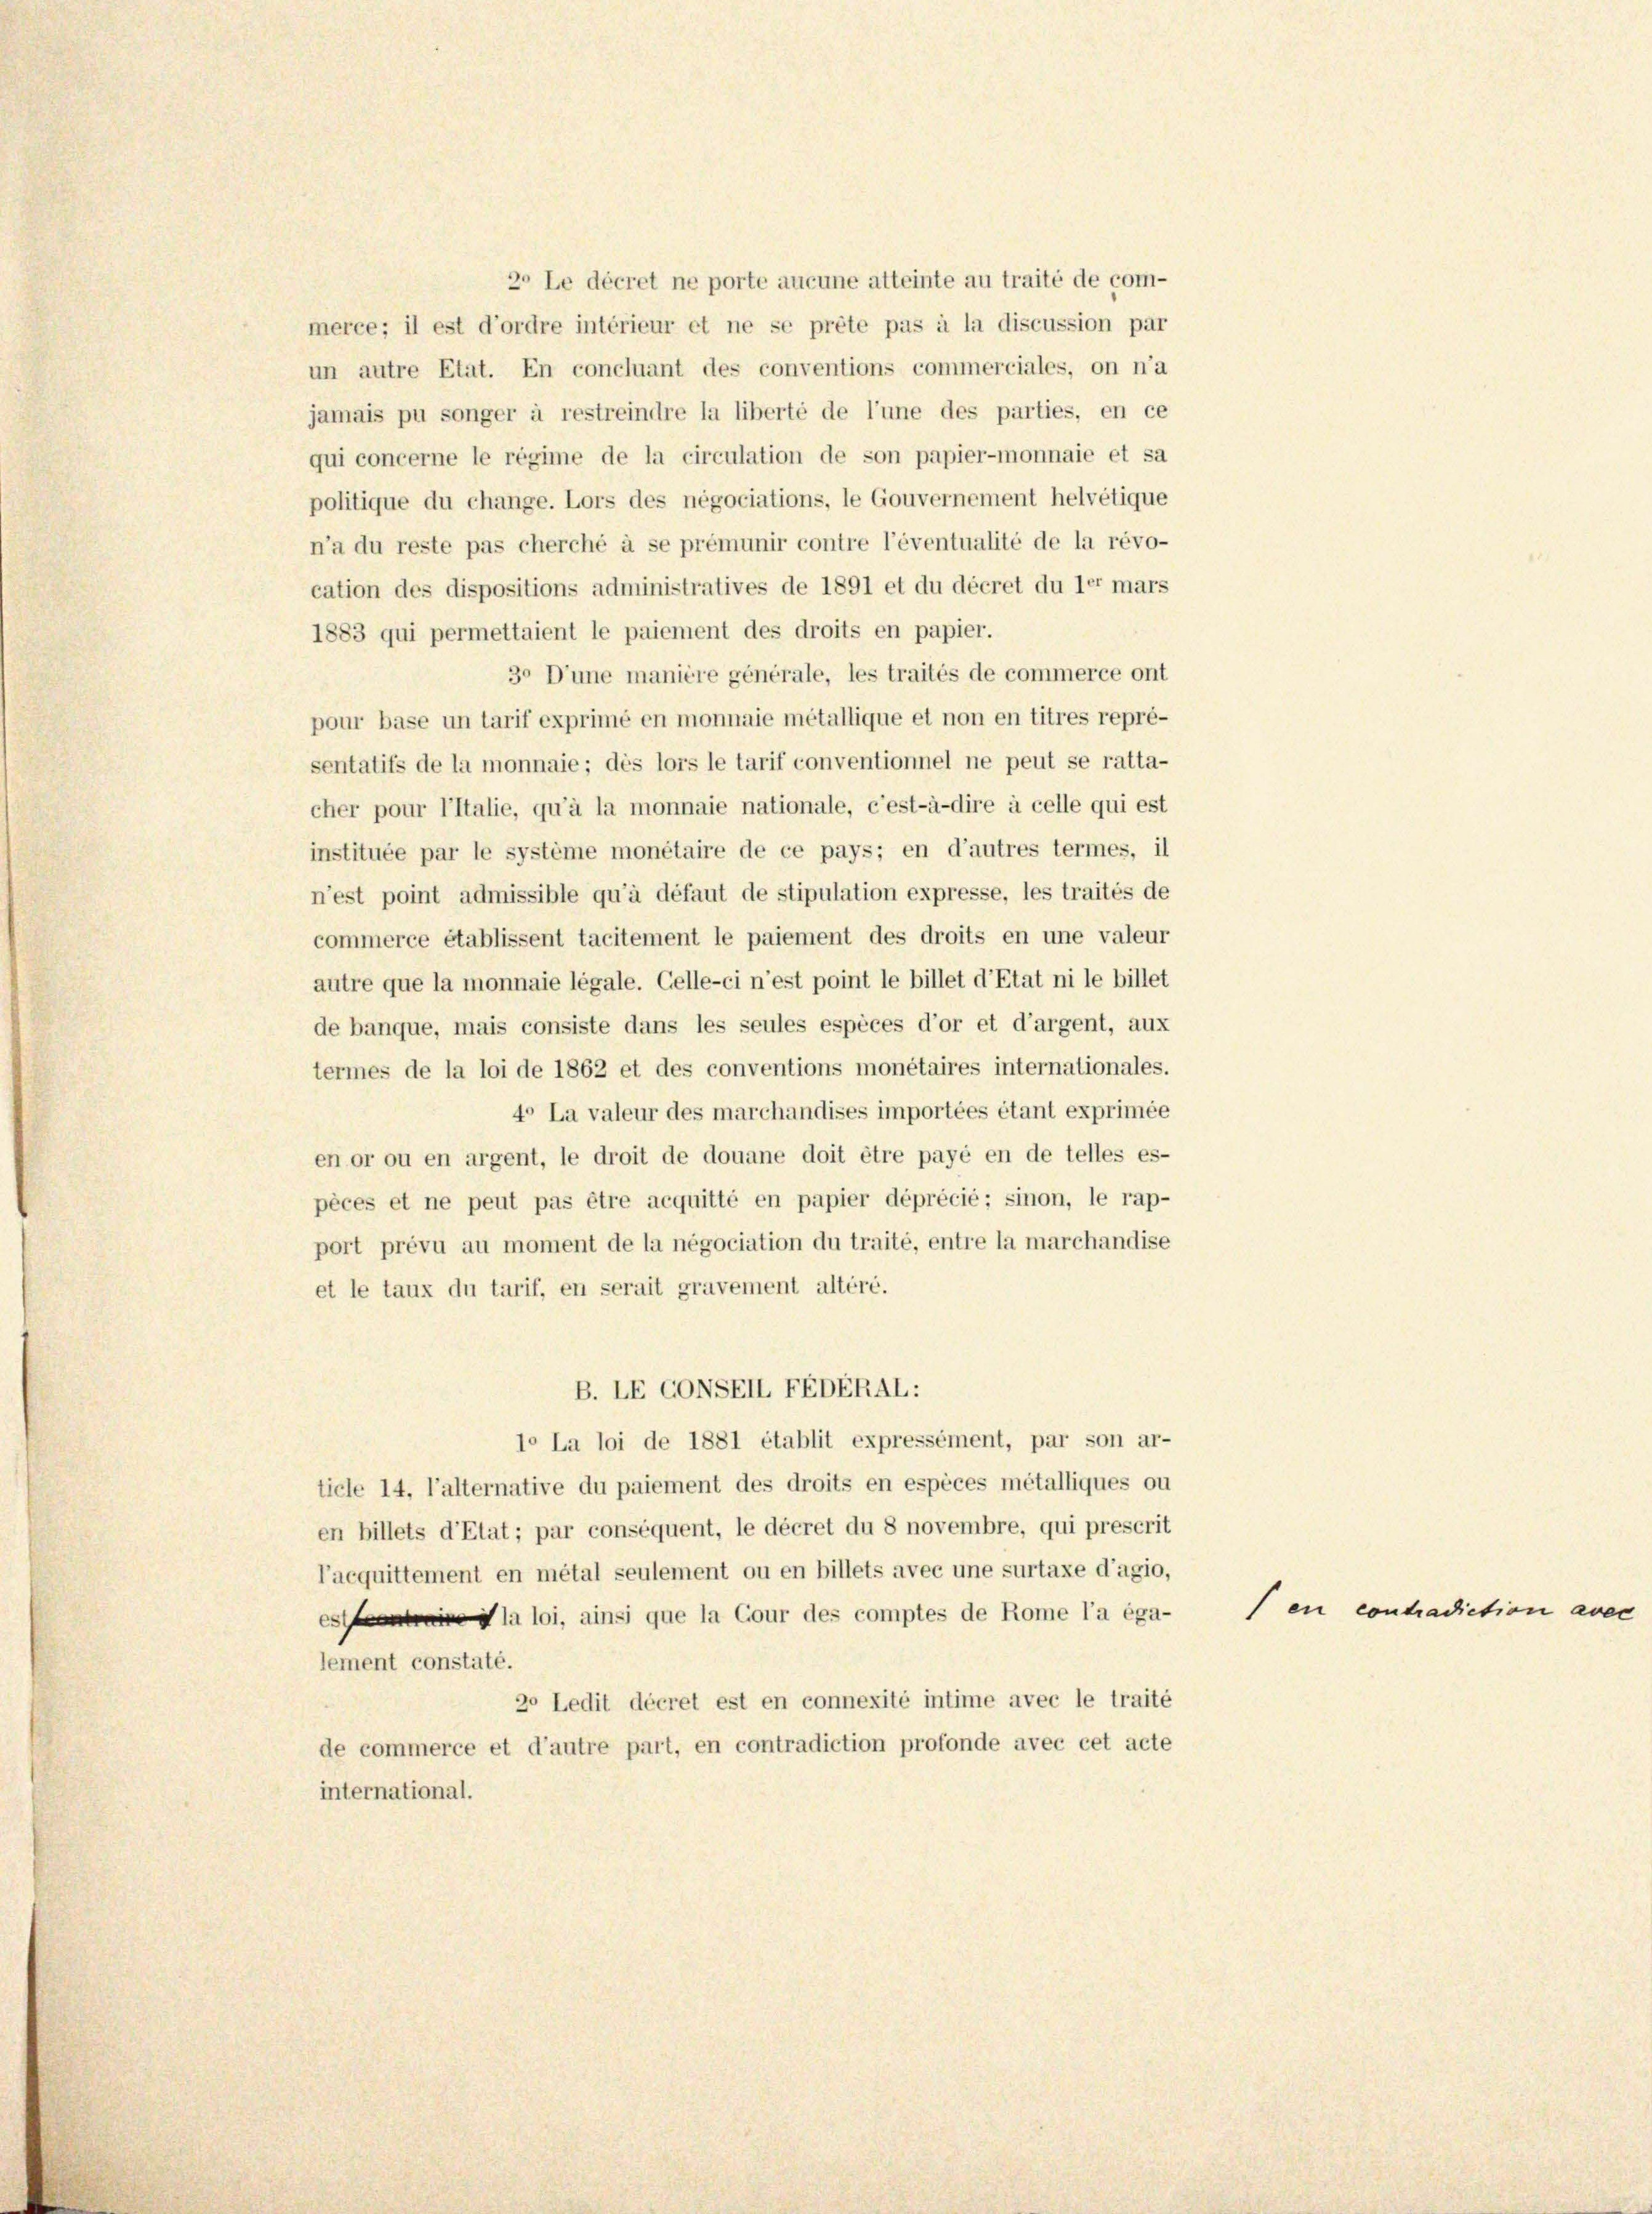
un autre Etat. En concluant des conventions commerciales, on n’a
jamais pu songer à restreindre la liberté de l’une des parties, en ce
qui concerne le régime de la circulation de son papier-monnaie et sa
politique du change. Lors des négociations, le Gouvernement helvetique
n’a du reste pas cherché à se prémunir contre l’éventualité de la révo-
cation des dispositions administratives de 1891 et du décret du ler mars
1883 qui permettaient le paiement des droits en papier.
30 D’une manière générale, les traités de commerce ont
pour base un tarif exprimé en monnaie metallique et non en titres repré-
sentatifs de la monnaie; des lors le tarif conventionnel ne peut se ratta-
cher pour l’Italie, qu’à la monnaie nationale, c’est-à-dire à celle qui est
instituée par le système monétaire de ce pays; en d’autres termes, il
n’est point admissible qu’à défaut de stipulation expresse, les traités de
commerce établissent tacitement le paiement des droits en une valeur
autre que la monnaie légale. Celle-ci n’est point le billet d’Etat ni le billet
de banque, mais consiste dans les seules espèces d’or et d’argent, aux
termes de la loi de 1862 et des conventions monétaires internationales.
4° La valeur des marchandises importées étant exprimée
en or ou en argent, le droit de douane doit être payé en de telles es-
pèces et ne peut pas être acquitté en papier déprécié; sinon, le rap-
port prévu au moment de la négociation du traité, entre la marchandise
et le taux du tarif, en serait gravement altéré.
B. LE CONSEIL FEDERAL:
1. La loi de 1881 établit expressément, par son ar-
ticle 14, l’alternative du paiement des droits en espèces métalliques ou
en billets d’Etat; par conséquent, le décret du 8 novembre, qui prescrit
l’acquittement en métal seulement ou en billets avec une surtaxe d’agio,
esla loi, ainsi que la Cour des comptes de Rome l’a éga-
lement constaté.
20 Ledit décret est en connexité intime avec le traité
de commerce et d’autre part, en contradiction profonde avec cet acte
international.

20 Le décret ne porte aucune atteinte au traité de com-
merce; il est d’ordre intérieur et ne se prête pas à la discussion par

en contradiction avec